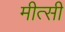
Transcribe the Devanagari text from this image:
मीत्सी